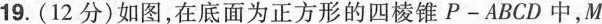
19.(12分)如图，在底面为正方形的四棱锥P-ABCD中，M